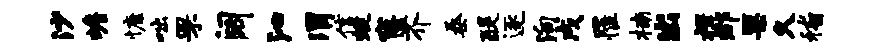
沙蟾慷咄罘阔沁渭信蜓窿芥桑醍逐殉戌罹楠出楫郡栗久稽